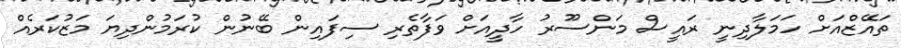
ތައޭޒްއަށް ހަމަލާދިނީ ރައީސް މަންސޫރު ހާދީއަށް ވަފާތެރި ސިފައިން ބޭނުން ކުރަމުންދިޔަ މަޒުކަރެއް